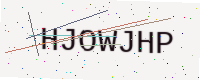
Text: HJOWJHP